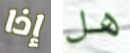
إذا هل